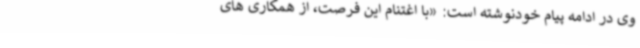
وی در ادامه پیام خودنوشته است: «با اغتنام این فرصت، از همکاری های